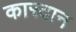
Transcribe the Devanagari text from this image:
कारदान